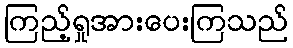
ကြည့်ရှုအားပေးကြသည်